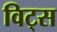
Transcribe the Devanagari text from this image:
विट्स